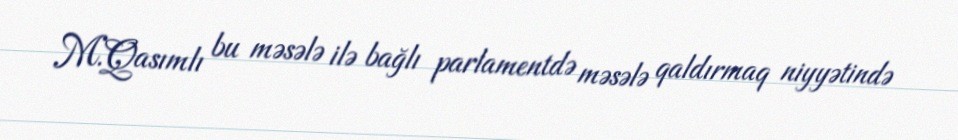
M.Qasımlı bu məsələ ilə bağlı parlamentdə məsələ qaldırmaq niyyətində